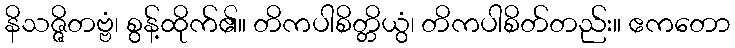
နိသဇ္ဇိတဗ္ဗံ၊ စွန့်ထိုက်၏။ တိကပါစိတ္တိယွံ၊ တိကပါစိတ်တည်း။ ဧကတော